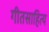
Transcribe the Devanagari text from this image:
गीतसाहित्य